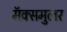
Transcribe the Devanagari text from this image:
मॅक्समुलर